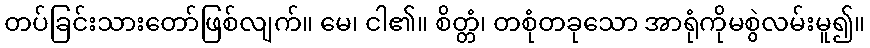
တပ်ခြင်းသားတော်ဖြစ်လျက်။ မေ၊ ငါ၏။ စိတ္တံ၊ တစုံတခုသော အာရုံကိုမစွဲလမ်းမူ၍။